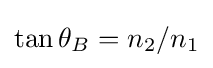
\tan \theta _{B}=n_{2}/n_{1}\,\!